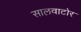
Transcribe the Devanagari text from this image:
सालवाटोर